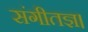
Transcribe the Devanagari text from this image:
संगीतज्ञ।